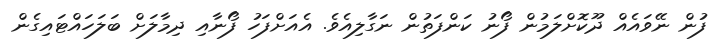
ފުން ނޭވައެއް ދޫކޮށްލަމުން ފޯނު ކަންފަތުން ނަގާލިއެވެ. އެއަށްފަހު ފޯނާއި ދިމާލަށް ބަލަހައްޓައިގެން